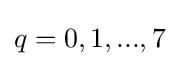
q=0,1,...,7